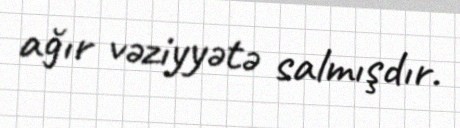
ağır vəziyyətə salmışdır.